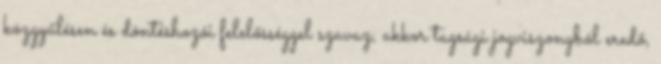
közgyűlésen és döntéshozói felelősséggel szavaz, akkor tagsági jogviszonyból eredő,